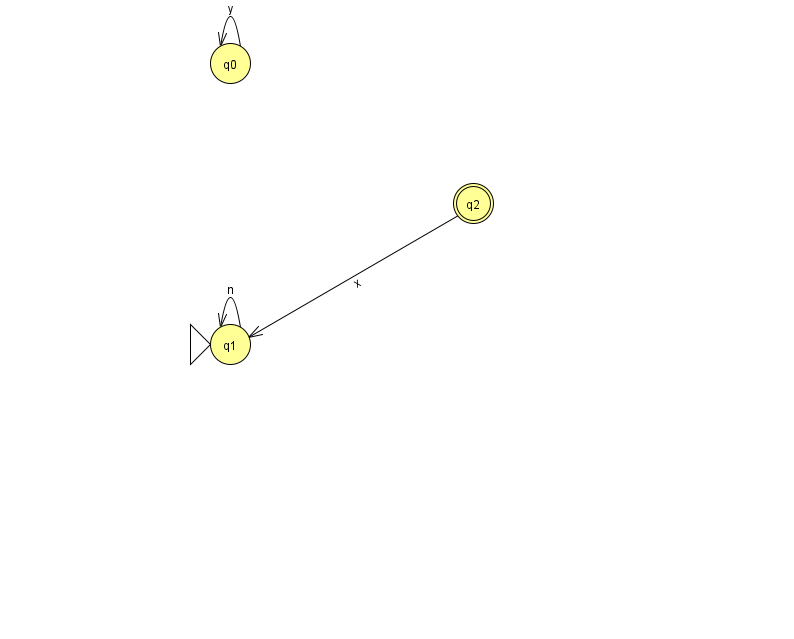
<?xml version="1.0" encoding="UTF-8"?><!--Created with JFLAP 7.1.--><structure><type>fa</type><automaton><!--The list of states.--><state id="0" name="q0"><x>230.0</x><y>50.0</y></state><state id="1" name="q1"><x>230.0</x><y>331.0</y><initial/></state><state id="2" name="q2"><x>473.0</x><y>190.0</y><final/></state><!--The list of transitions.--><transition><from>0</from><to>0</to><read>y</read></transition><transition><from>1</from><to>1</to><read>n</read></transition><transition><from>2</from><to>1</to><read>x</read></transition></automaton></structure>